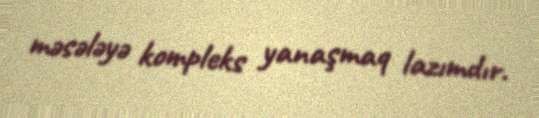
məsələyə kompleks yanaşmaq lazımdır.